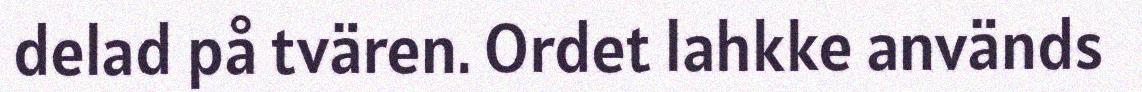
delad på tvären. Ordet lahkke används